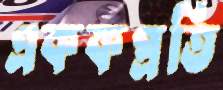
এককপ্রতি